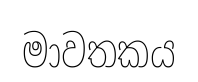
මාවතකය